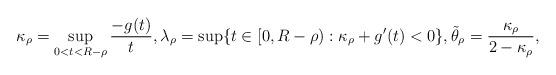
LaTeX: \begin{align*} \kappa_\rho=\sup_{0<t<R-\rho}\frac{-g(t)}{t}, \lambda_\rho =\sup \{t\in [0,R-\rho): \kappa_\rho+g'(t)<0\}, \tilde\theta_\rho=\frac{\kappa_\rho}{2-\kappa_\rho},\end{align*}